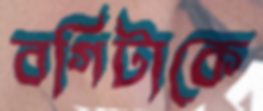
বগিটাকে